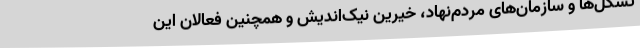
تشکل‌ها و سازمان‌های مردم‌نهاد، خیرین نیک‌اندیش و همچنین فعالان این